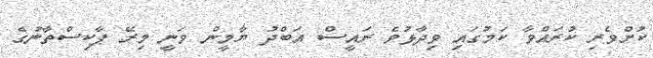
ކުށްވެރި ކުރައްވާ ކަމުގައި ވިދާޅުވެ ރައީސް އަބްދު ޔާމީން ވަނީ މިރޭ ޕާކިސްތާނުގެ